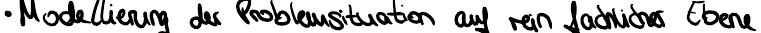
Modellieung der Problemsituation auf rein fachlicher Ebene